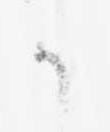
候